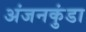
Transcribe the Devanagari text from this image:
अंजनकुंडा